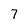
Character: 7